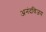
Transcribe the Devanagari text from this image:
अनंदविजय